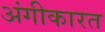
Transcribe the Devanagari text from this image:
अंगीकारत